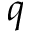
q